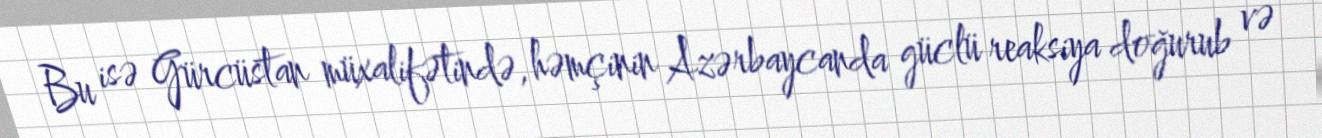
Bu isə Gürcüstan müxalifətində, həmçinin Azərbaycanda güclü reaksiya doğurub və